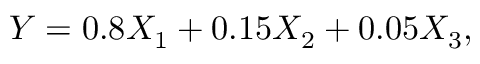
Y = 0 . 8 X _ { 1 } + 0 . 1 5 X _ { 2 } + 0 . 0 5 X _ { 3 } ,